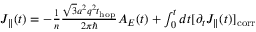
\begin{array} { r } { J _ { \parallel } ( t ) = - \frac { 1 } { n } \frac { \sqrt { 3 } a ^ { 2 } q ^ { 2 } t _ { \mathrm { h o p } } } { 2 \pi \hbar } A _ { E } ( t ) + \int _ { 0 } ^ { t } d t [ \partial _ { t } J _ { \parallel } ( t ) ] _ { \mathrm { c o r r } } } \end{array}